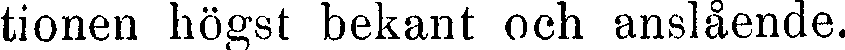
tionen högst bekant och anslående.